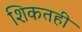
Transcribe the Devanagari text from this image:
शिकतही